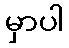
မှာပါ